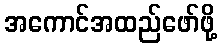
အကောင်အထည်ဖော်ဖို့